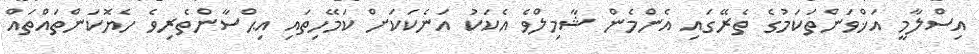
އިސްލާމީ އަޚްވަންތަކަމުގެ ތެރޭގައި އެންމެން ޝާމިލްވެ އެކަކު އަނެކަކަށް ކަމޭހިތައި އިޙްސާންތެރިވެ ހެޔޮކަންތައްތައް